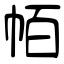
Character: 帞